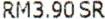
RM3.90 SR